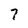
Character: 7